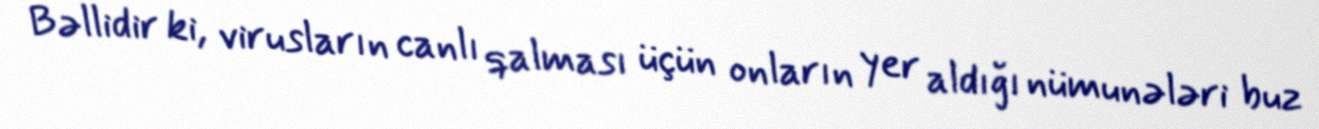
Bəllidir ki, virusların canlı qalması üçün onların yer aldığı nümunələri buz